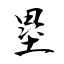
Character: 塁